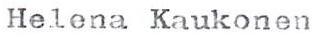
Helena Kaukonen